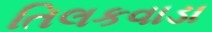
તિલકવાડા